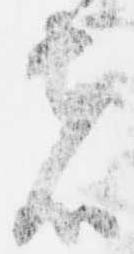
者